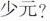
少元?